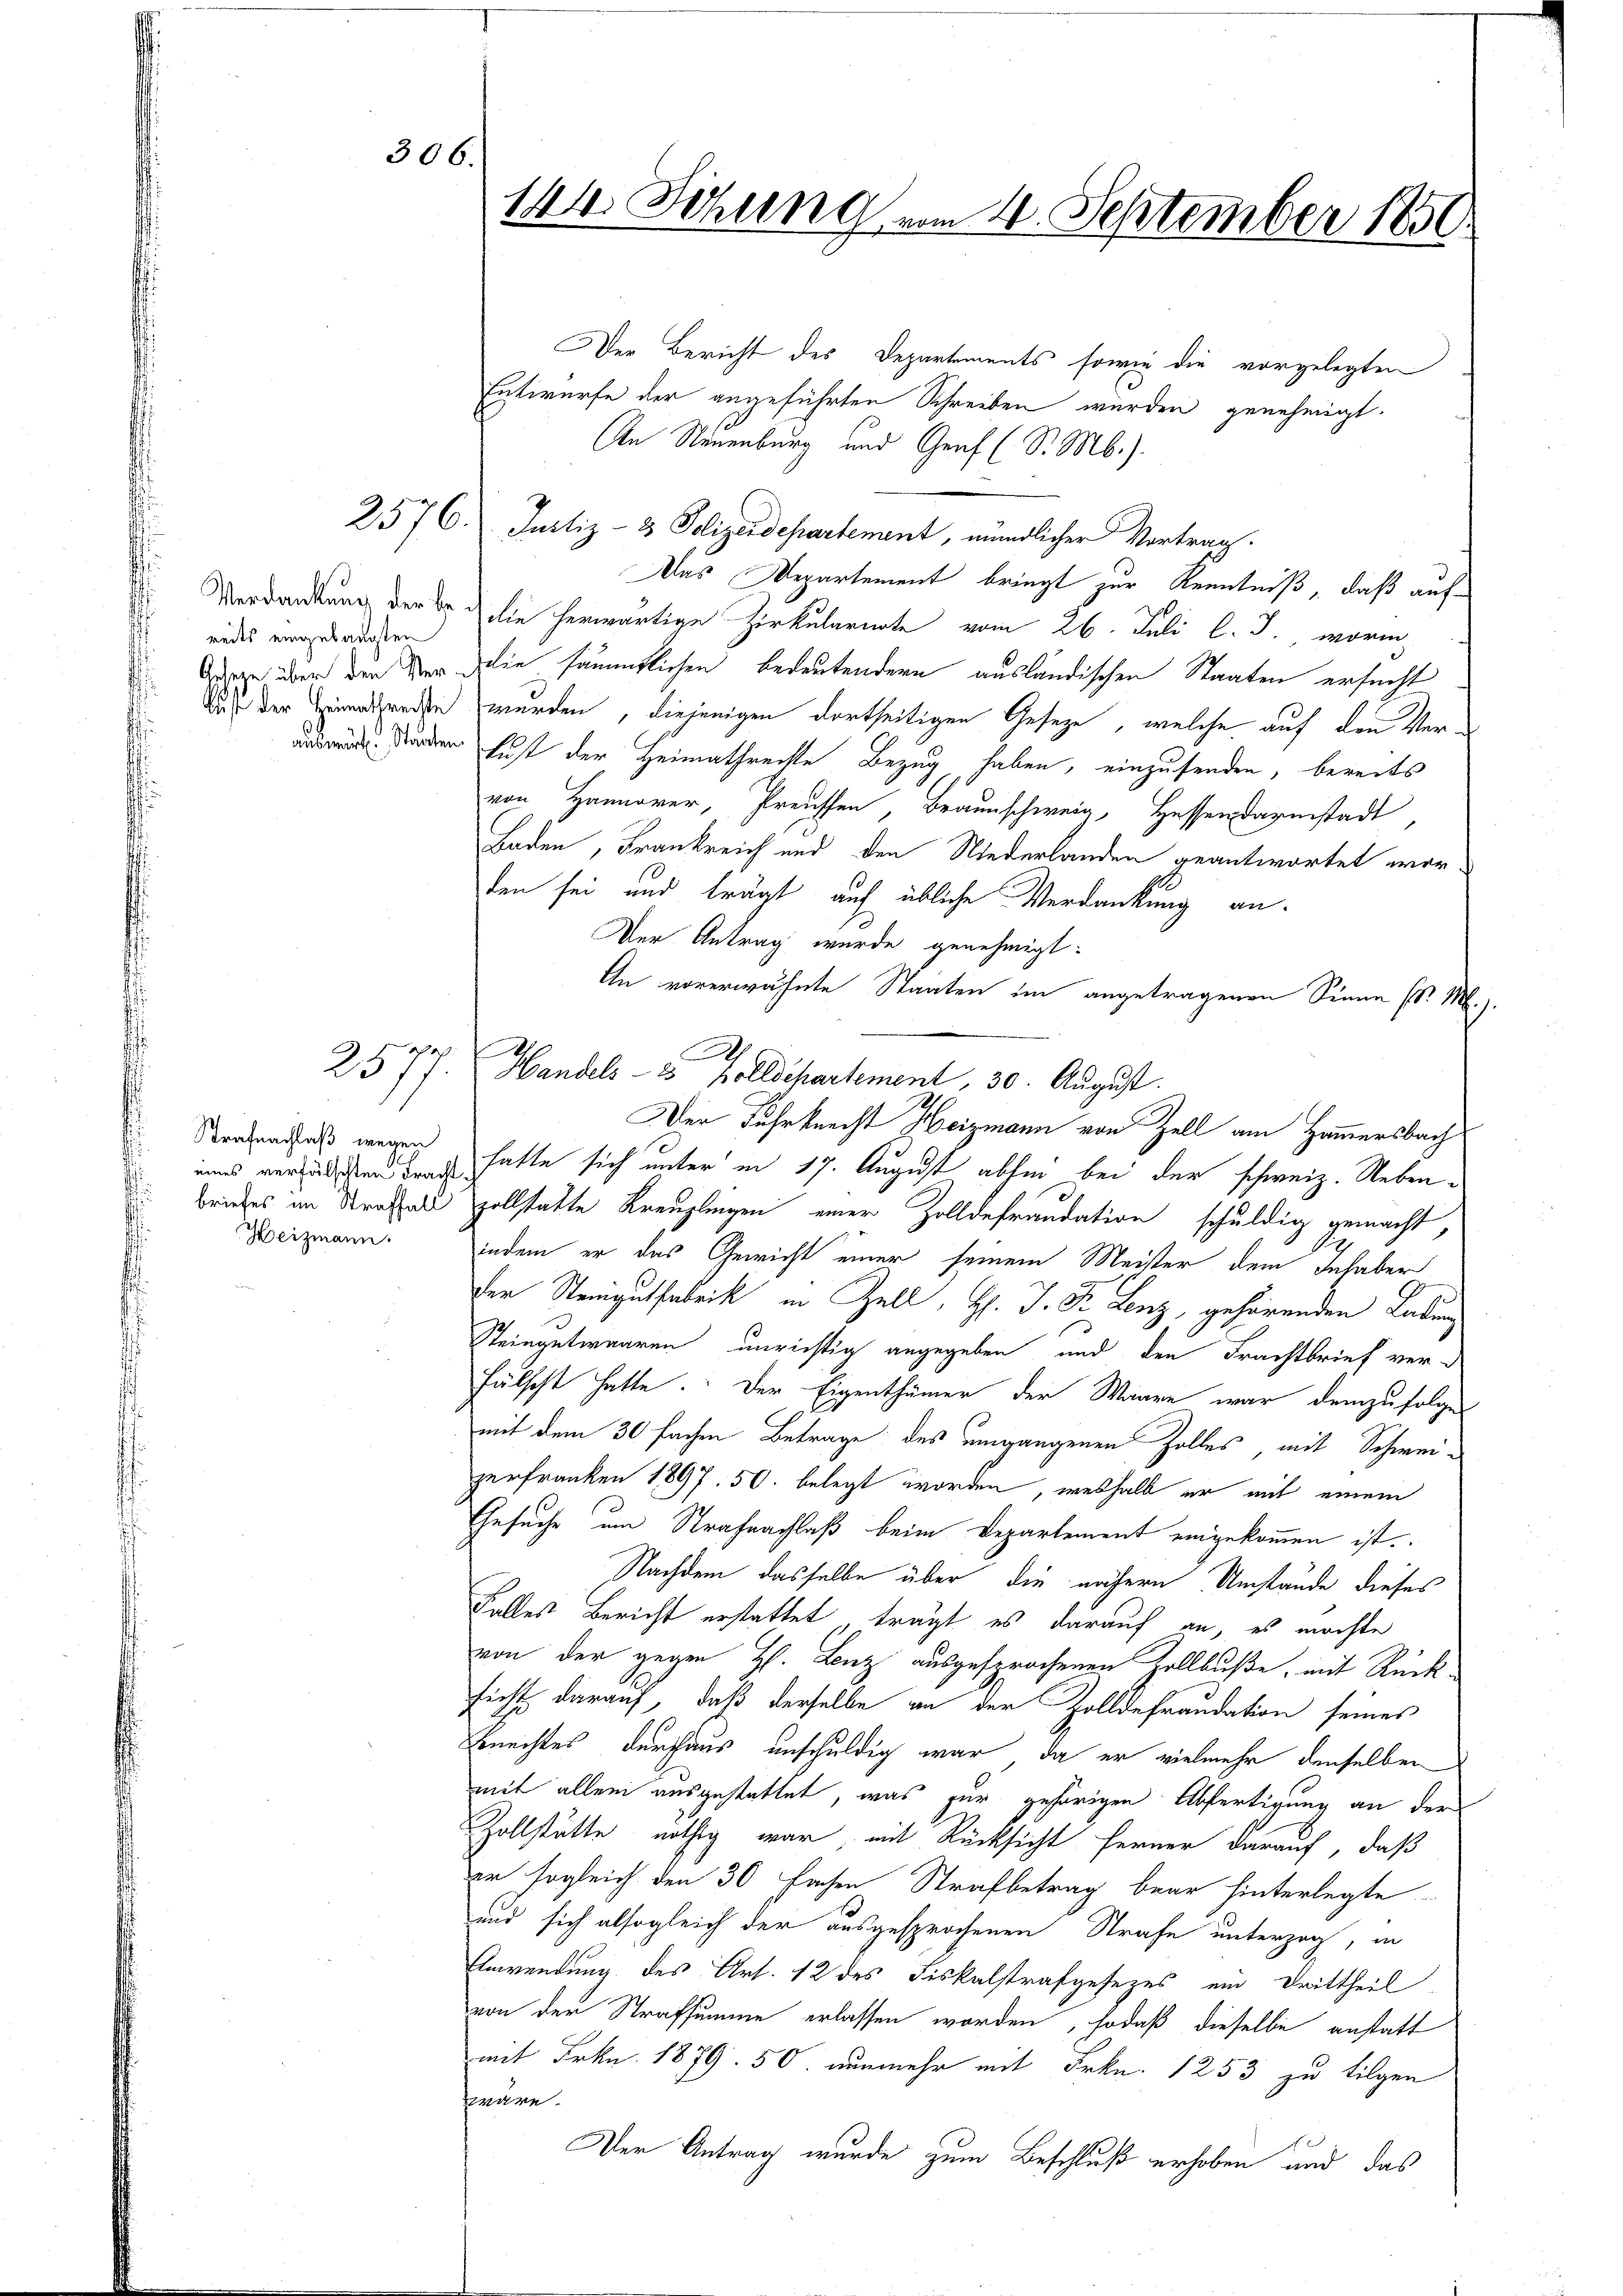
Strafnachlaß wegen
eines verfälschten Fracht
briefes im Straffall
Heizmann.

306.

Verdankung der bereits eingelangten
lust der Heimathreckte

144. Sitzung vom 4. September 1850

2577. Handels- & Zollschartement, 30. August.

Der Bericht des Departements sowie die vorgelegten
Entwurfe der angeführten Schreiben würden genehmigt.
An Neuenburg und Graf (S. M.).
2576. Justiz- & Polizeidepartement, mündlicher Vortrag.
Das Departement bringt zur Kenntniß, daß aufdie herwärtige Zirkulariate vom 26. Juli l. J. worin
ge über den der die sämmtlichen Bedeutendern ausländischen Staaten ersucht
wurden, diejenigen dortseitigen Geseze, welche auf den Verausweise ständen fust der Heimathrechte Bezug haben, einzusenden, bereits
von Hanover, Preussen, Braunschweiz, Hessen Darmstadt,
Baden, Frankreich und den Niederlanden geantwortet worden sei und trägt auf übliche Verdankung an-
Der Antrag wurde genehmigt:
An vorerwähnte Staaten im angetragenen Sinne (v. M.).
Der Fuhrknecht Heizmann von Zell am Hammersbach
hatte sich unter in 17. August absen bei der schweiz. Nebenzollstatte Kreuzlingen einer Zolldefraudation schuldig gemacht,
indem er das Gewicht einer seinem Meister dem Inhaber
der Steinigutfabrik in Zell, H. J. Dr. Lenz, gehörenden Labung
Steingetwaaren unrichtig angegeben und den Frachtbrief verfälscht hatte. Der Eigenthümer der Waare war demzufolgen
mit dem 30 fachen Betrage des umgangenen Zolles, mit Schweizerfranken 1897. 50. belegt worden, weshalb er mit einem
Gesuche um Strafnachlaß beim Departement eingekommen ist.
Nachdem dasselbe über die nähern Umstände dieses
Falles Bericht erstattet, trägt es darauf an, es möchte
von der gegen H. Lenz ausgesprochenen Zollbuße, mit Rücksicht darauf, daß derselbe an der Zolldefraudation seines
Bnechtes durchaus unschuldig war, da er vielmehr denselben
mit allem ausgestattet, was zur gehörigen Abfertigung an der
Zollstätte nöthig war, mit Rücksicht ferner darauf, daß
er sogleich den 30 fachen Strafbetrag baar hinterlegte
und sich alsogleich der ausgesprochenen Strafe unterzog, in
Anwendung des Art. 12 des Fiskalstrafgesezes ein Drittheil
von der Strafsumme erlassen worden, sodaß dieselbe anstatt
mit Frkn. 1879. 50 nunmehr mit Frkn. 1253 zu tilgen
enann
Der Antrag wurde zum Beschluß erhoben und das